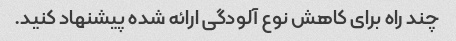
چند راه برای کاهش نوع آلودگی ارائه شده پیشنهاد کنید.